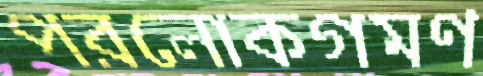
পরলোকগমণ